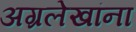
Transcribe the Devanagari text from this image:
अग्रलेखांना